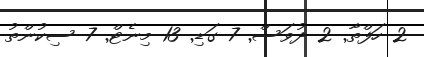
2 ހަފްތާ